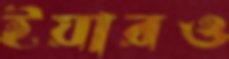
ইয়ারও